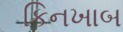
કિનખાબ